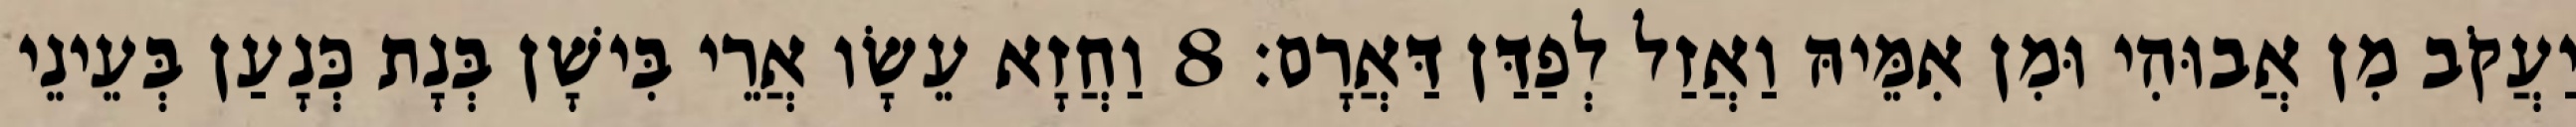
יַעֲקֹב מִן אֲבוּהִי וּמִן אִמֵּיהּ וַאֲזַל לְפַדַּן דַּאֲרָם׃ 8 וַחֲזָא עֵשָׂו אֲרֵי בִּישָׁן בְּנָת כְּנָעַן בְּעֵינֵי